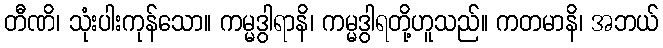
တီဏိ၊ သုံးပါးကုန်သော။ ကမ္မဒွါရာနိ၊ ကမ္မဒွါရတို့ဟူသည်။ ကတမာနိ၊ အဘယ်